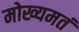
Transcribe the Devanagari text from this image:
मोख्यमतं